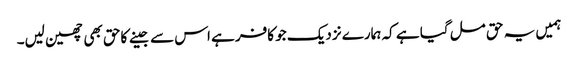
ہمیں یہ حق مل گیا ہے کہ ہمارے نزدیک جو کافر ہے اس سے جینے کاحق بھی چھین لیں۔